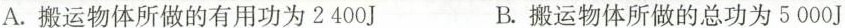
A.搬运物体所做的有用功为2400J B.搬运物体所做的总功为5000J